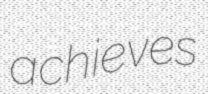
achieves